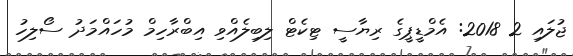
ޖުލައި 2 2018: އެމްޑީޕީގެ ރިޔާސީ ޓިކެޓް ލިބިލެއްވި އިބްރާހިމް މުހައްމަދު ސޯލިހު